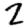
Digit: 2